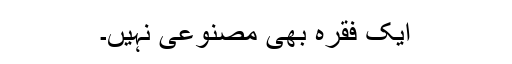
ایک فقرہ بھی مصنوعی نہیں۔